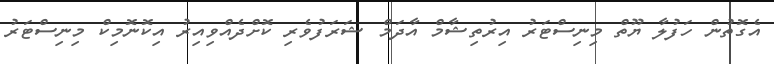
އެގޮތުން ހަފުލާ ޔޫތް މިނިސްޓަރު އިރުތިޝާމް އާދަމް ޝަރަފުވެރި ކޮށްދެއްވިއިރު އިކޮނޮމިކް މިނިސްޓަރު